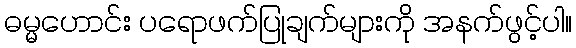
ဓမ္မဟောင်း ပရောဖက်ပြုချက်များကို အနက်ဖွင့်ပါ။